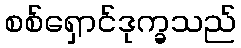
စစ်ရှောင်ဒုက္ခသည်